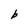
Character: b